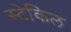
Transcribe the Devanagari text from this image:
स्टेकिल